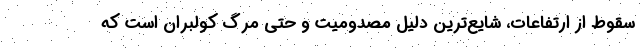
سقوط از ارتفاعات، شايع‌ترين دليل مصدوميت و حتي مرگ كولبران است كه